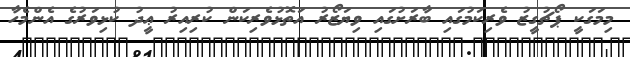
މިމަގަކީ ޕޯޗުގީޒު ވެރިކަމުގައި ބާރަށުގައި ވިޔަޒޯރު އަތޮޅުވެރިކަން ކުރިއިރު ޢީދު ކުޅިވަރުގެ އެންމެހާ